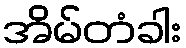
အိမ်တံခါး